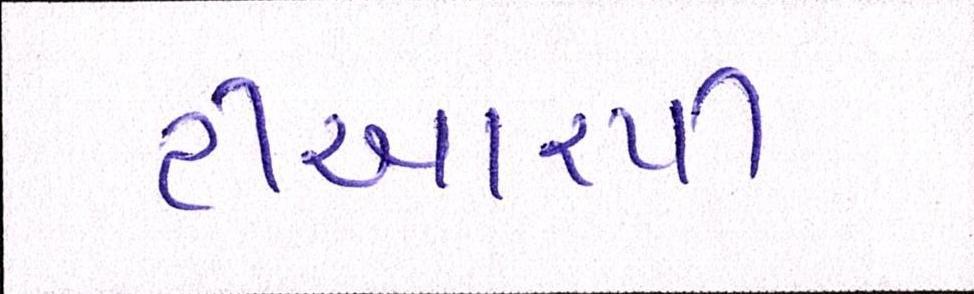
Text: ટીઆરપી